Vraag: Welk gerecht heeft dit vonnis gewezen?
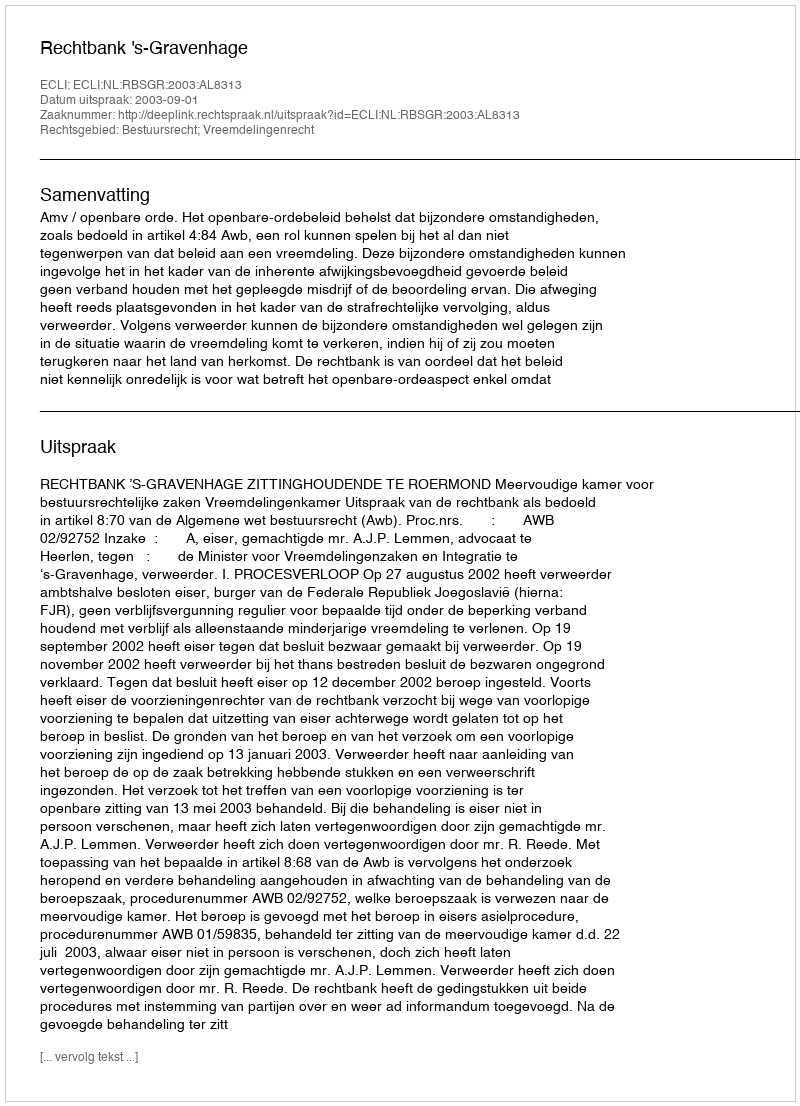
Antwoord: Rechtbank 's-Gravenhage